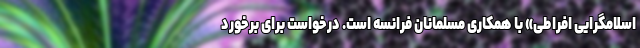
اسلامگرایی افراطی» با همکاری مسلمانان فرانسه است. درخواست برای برخورد